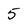
Character: 5